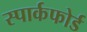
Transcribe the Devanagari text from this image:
स्पार्कफोर्ड